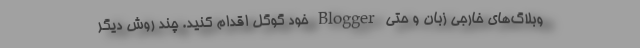
وبلاگ‌های خارجی زبان و حتی Blogger خود گوگل اقدام کنید. چند روش دیگر